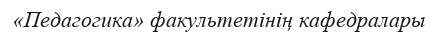
«Педагогика» факультетінің кафедралары